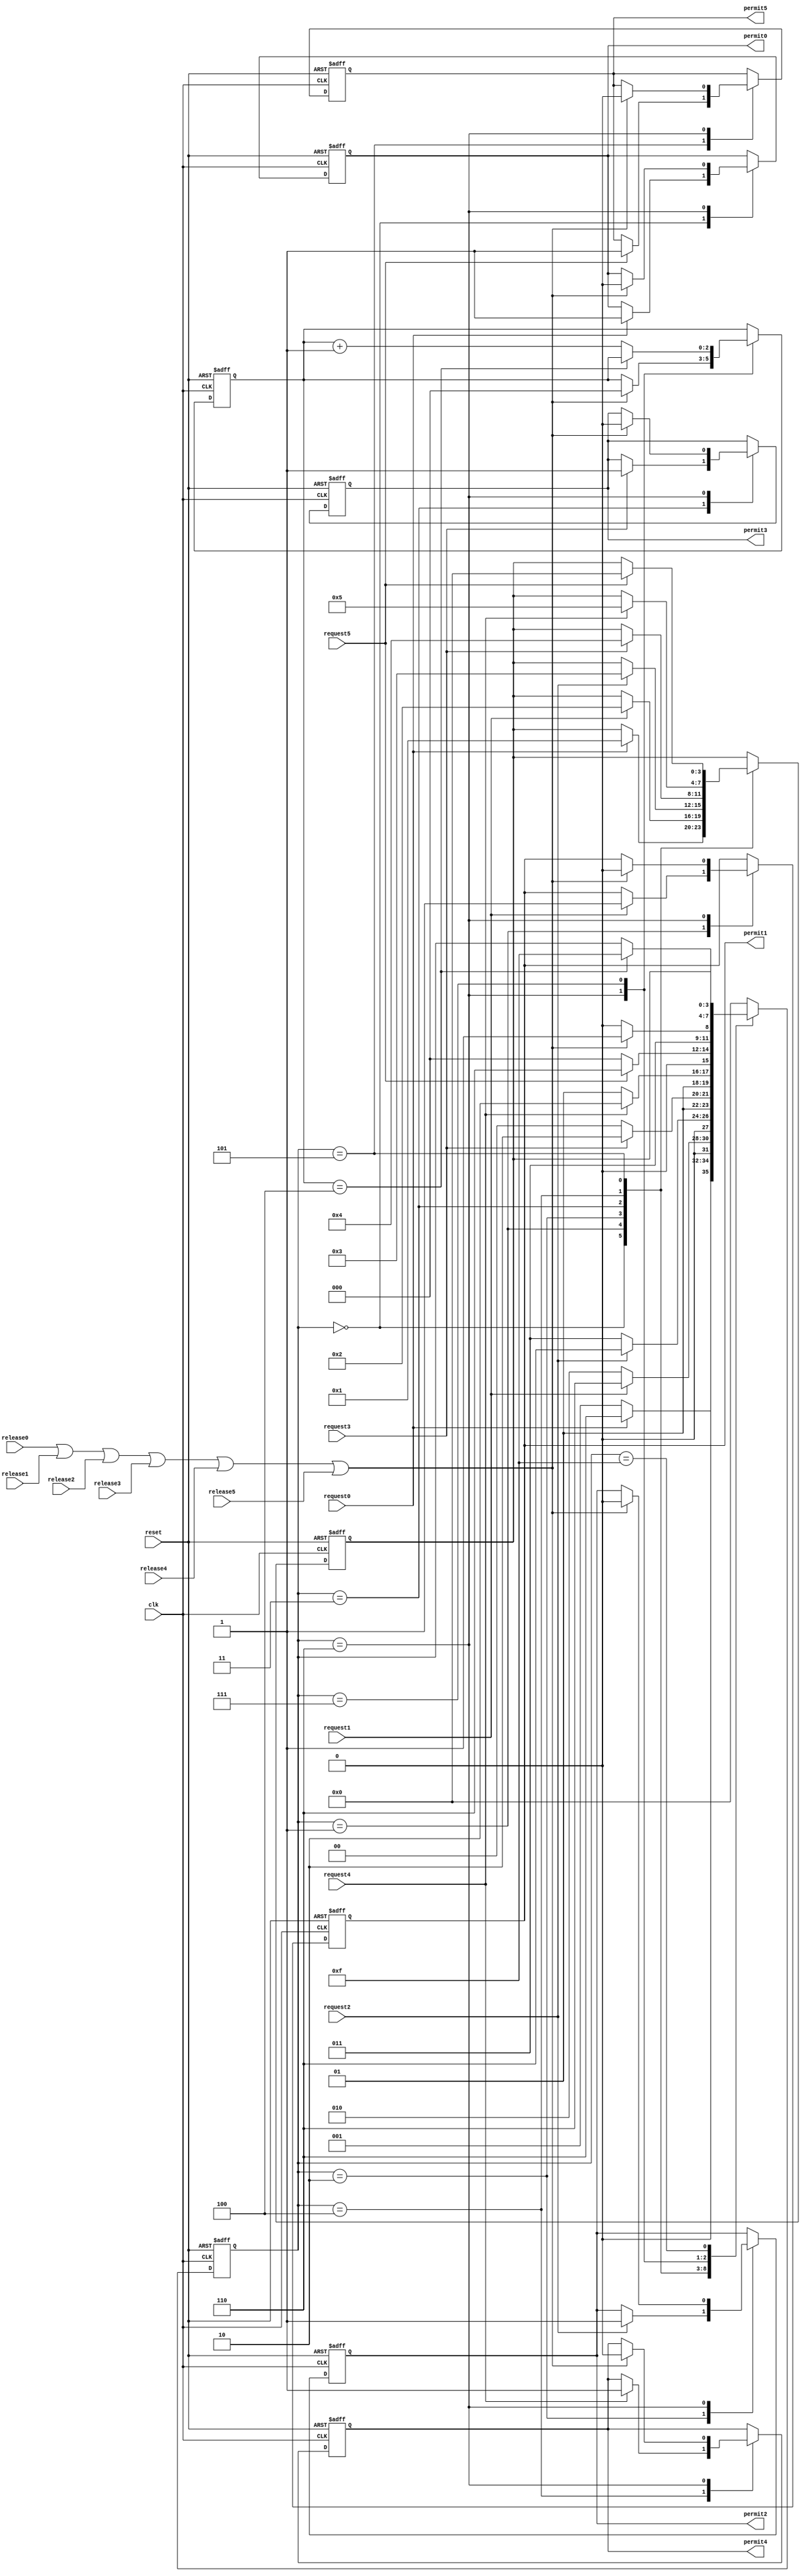
module arbitrator(	
	reset,
	clk,	
	request0,
	release0,	
	request1,	
	release1,
	request2,	
	release2,
	request3,	
	release3,	
	request4,	
	release4,
	request5,	
	release5,
	permit0,
	permit1,
	permit2,
	permit3,
	permit4,
	permit5
	);
	input reset;
	input clk;	
	input request0;	
	input release0;	
	input request1;	
	input release1;	
	input request2;	
	input release2;
	input request3;	
	input release3;
	input request4;	
	input release4;
	input request5;	
	input release5;
	output permit0;
	output permit1;
	output permit2;
	output permit3;
	output permit4;
	output permit5;
	reg permit0;
	reg permit1;
	reg permit2;
	reg permit3;	
	reg permit4;
	reg permit5;
	parameter REQUEST0	=4'b0000;
	parameter REQUEST1	=4'b0001;
	parameter REQUEST2	=4'b0010;
	parameter REQUEST3	=4'b0011;
	parameter REQUEST4	=4'b0100;
	parameter REQUEST5	=4'b0101;	
	parameter WAIT_RELEASE	=4'b0110;
	parameter WAIT_CYCLES 	=4'b0111;
	parameter FINISH      	=4'b1111;
	reg [3:0] state;
	reg [2:0] count;
	reg [3:0] index;
	always@ (posedge clk or negedge reset)
	begin
		if(!reset)
		begin
			state <= REQUEST0;
			permit0 <= 0;
			permit1 <= 0;
			permit2 <= 0;
			permit3 <= 0;
			permit4 <= 0;
			permit5 <= 0;
			index   <= 0;
			count	<=0;
		end
		else
		begin
			case (state) 
				REQUEST0:
				begin
					if(request0)
					begin
						permit0 <= 1;
						state <= WAIT_RELEASE;
						index <= REQUEST1;
					end
					else
					begin
						state <= REQUEST1;
					end
				end
				REQUEST1:
				begin
					if(request1)
					begin
						permit1 <= 1;
						state <= WAIT_RELEASE;
						index <= REQUEST2;
					end
					else
					begin
						state <= REQUEST2;
					end
				end
				REQUEST2:
				begin
					if(request2)
					begin
						permit2 <= 1;
						state <= WAIT_RELEASE;
						index <= REQUEST3;
					end
					else
					begin
						state <= REQUEST3;
					end
				end
				REQUEST3:
				begin
					if(request3)
					begin
						permit3 <= 1;
						state <= WAIT_RELEASE;
						index <= REQUEST4;
					end
					else
					begin
						state <= REQUEST4;
					end
				end
				REQUEST4:
				begin
					if(request4)
					begin
						permit4 <= 1;
						state <= WAIT_RELEASE;
						index <= REQUEST5;
					end
					else
					begin
						state <= REQUEST5;
					end
				end
				REQUEST5:
				begin
					if(request5)
					begin
						permit5 <= 1;
						state <= WAIT_RELEASE;
						index <= REQUEST0;
					end
					else
					begin
						state <= REQUEST0;
					end
				end
				WAIT_RELEASE:
				begin
					if(release0 | release1 | release2 | release3 | release4 | release5)
					begin						
						permit0 <= 0;
						permit1 <= 0;
						permit2 <= 0;
						permit3 <= 0;
						permit4 <= 0;
						permit5 <= 0;
						count <= 0;						
						state <= WAIT_CYCLES;
					end
					else
						state <= WAIT_RELEASE;
				end
				WAIT_CYCLES:
				begin
					if(count==4)
						state <= FINISH;
					else
						count <= count+1;
				end
				FINISH:
				begin
					state <= index;
				end
				default:state <= REQUEST0;
			endcase
		end
	end
endmodule